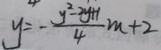
y = - \frac { y ^ { 2 } - 2 y + 1 } { 4 } m + 2